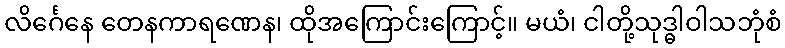
လိင်္ဂေနေ တေနကာရဏေန၊ ထိုအကြောင်းကြောင့်။ မယံ၊ ငါတို့သုဒ္ဓါဝါသဘုံစံ